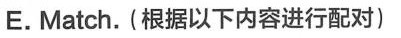
E. Match. (根据以下内容进行配对)